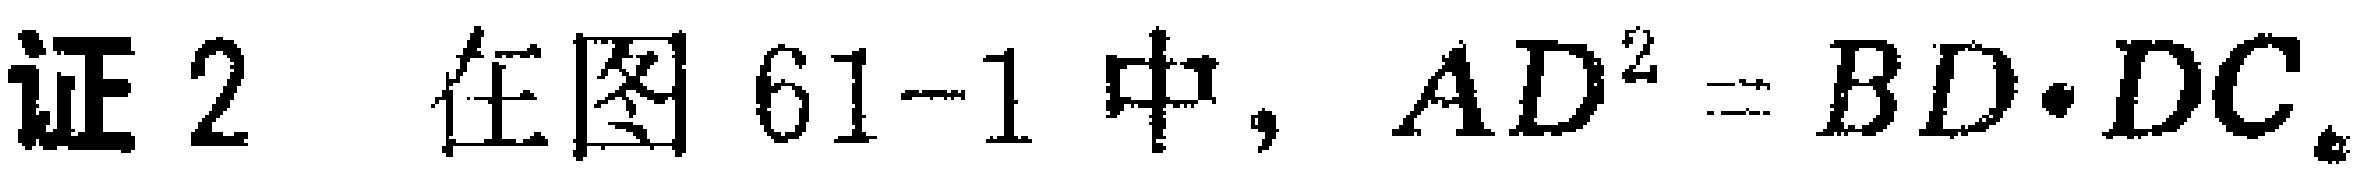
证 2 在图 61-1 中, \(AD^{2}=BD\cdot DC\)。